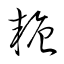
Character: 糖